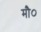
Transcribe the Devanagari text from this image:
मौ०